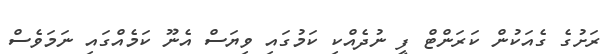
ރަށުގެ ގެއަކުން ކަރަންޓް ފީ ނުދެއްކި ކަމުގައި ވިޔަސް އެނޫ ކަމެއްގައި ނަމަވެސް